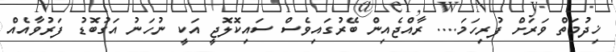
ޚިދުމަތް ވަރަށް ފުރިހަމަ.... ރާއްޖެއިން ބޭރުގައިވެސް ސައިކޮލޮޖީ އަކީ ނުހަނު އަގުބޮޑު ފަރުވާއެއް